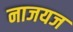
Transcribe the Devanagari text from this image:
नाजयज